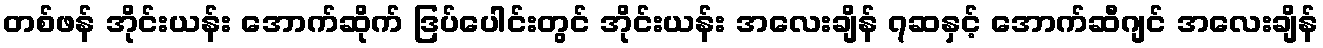
တစ်ဖန် အိုင်းယန်း အောက်ဆိုက် ဒြပ်ပေါင်းတွင် အိုင်းယန်း အလေးချိန် ၇ဆနှင့် အောက်ဆီဂျင် အလေးချိန်